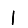
Digit: 1